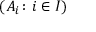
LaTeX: ( A _ { i } \colon i \in I )